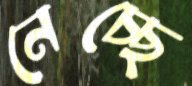
নেচ্ছে